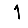
Digit: 1